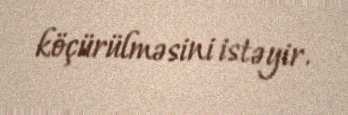
köçürülməsini istəyir.